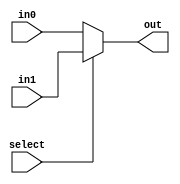
module mux_2x1(in0,in1,select,out);

input in0, in1, select;
output reg out;


always @(select, in0, in1)
begin
	//case(select)
	if(select) out = in1;
	else out = in0;
	//out = select ? in1 : in0; 
end



endmodule